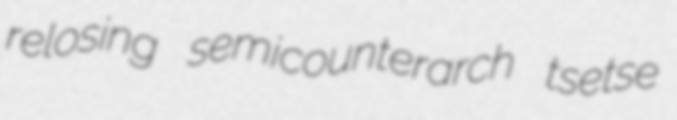
relosing semicounterarch tsetse